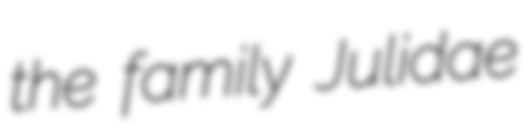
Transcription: the family Julidae